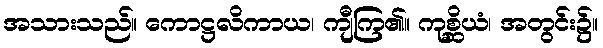
အသားသည်။ ကောဋ္ဌလိကာယ၊ ကျီကြ၏။ ကုစ္ဆိယံ၊ အတွင်း၌။